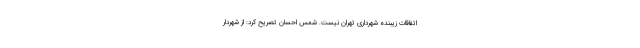
اتفاقات زیبنده شهرداری تهران نیست. شمس احسان تصریح کرد: از شهردار